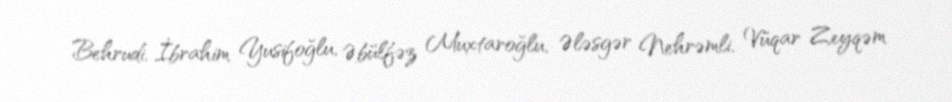
Behrudi, İbrahim Yusifoğlu, Əbülfəz Muxtaroğlu, Ələsgər Nehrəmli, Vüqar Zeyqəm